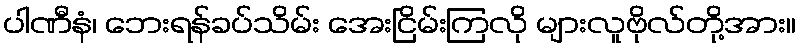
ပါဏီနံ၊ ဘေးရန်ခပ်သိမ်း အေးငြိမ်းကြလို များလူဗိုလ်တို့အား။